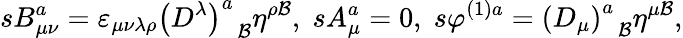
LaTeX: sB_{\mu\nu}^{a}=\varepsilon_{\mu\nu\lambda\rho}\left(D^{\lambda}\right)_{\; \; \mathcal{B}}^{a}\eta^{\rho\mathcal{B}},\; sA_{\mu}^{a}=0,\; s\varphi^{(1)a}=\left(D_{\mu}\right)_{\; \; \mathcal{B}}^{a}\eta^{\mu\mathcal{B}},